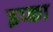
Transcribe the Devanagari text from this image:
इप्का